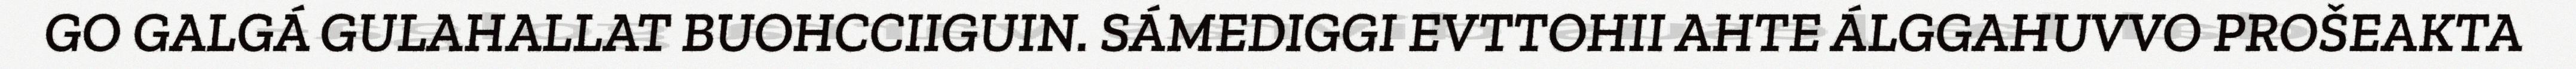
GO GALGÁ GULAHALLAT BUOHCCIIGUIN. SÁMEDIGGI EVTTOHII AHTE ÁLGGAHUVVO PROŠEAKTA